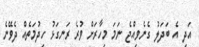
އަދި އެ ބަދަލު ގެނެވިއްޖެ ނަމަ މިހާރަށް ވުރެ ރަނގަޅު ހިދުމަތެއް ދެވޭނެ